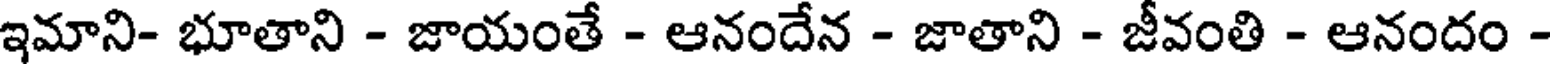
ఇమాని- భూతాని - జాయంతే - ఆనందేన - జాతాని - జీవంతి - ఆనందం -